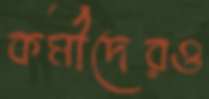
কর্মীদেরও